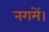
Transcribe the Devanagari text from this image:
नगमें।